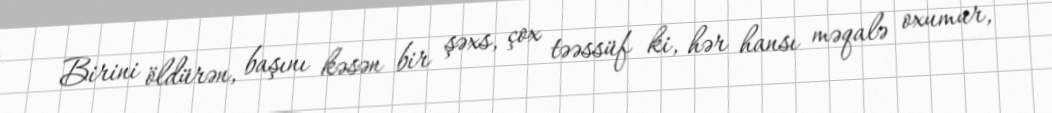
Birini öldürən, başını kəsən bir şəxs, çox təəssüf ki, hər hansı məqalə oxumur,